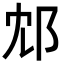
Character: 邥